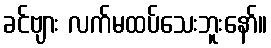
ခင်ဗျား လက်မထပ်သေးဘူးနော်။